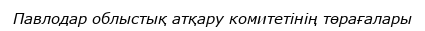
Павлодар облыстық атқару комитетінің төрағалары